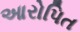
આરોપિત